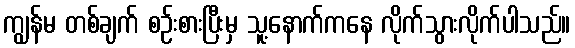
ကျွန်မ တစ်ချက် စဉ်းစားပြီးမှ သူ့နောက်ကနေ လိုက်သွားလိုက်ပါသည်။